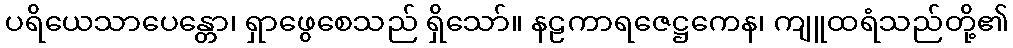
ပရိယေသာပေန္တော၊ ရှာဖွေစေသည် ရှိသော်။ နဠကာရဇေဋ္ဌကေန၊ ကျူထရံသည်တို့၏